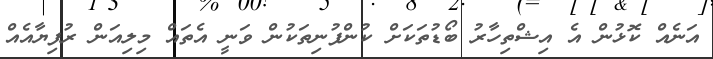
އަނެއް ކޮޅުން އެ އިޝްތިހާރު ބޯޑުތަކަށް ކުންފުނިތަކުން ވަނީ އެތައް މިލިއަން ރުފިޔާއެއް